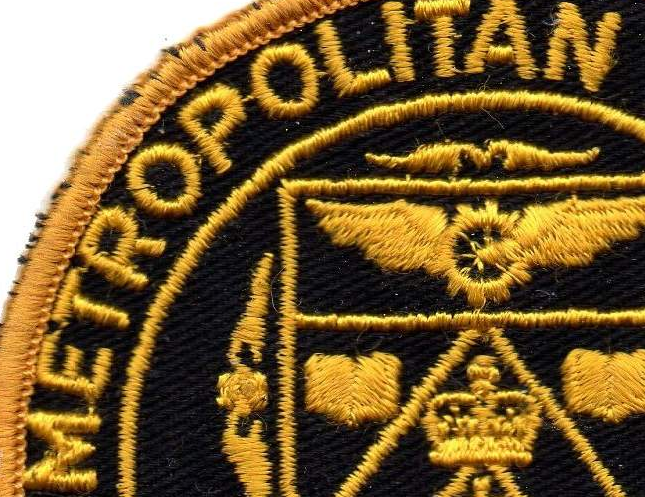
METROPOLITAN